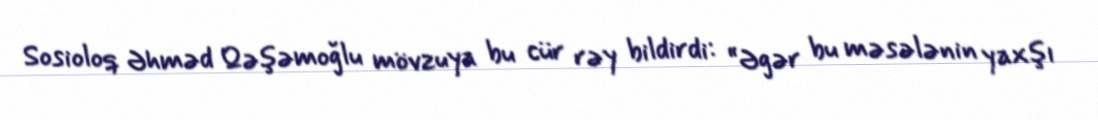
Sosioloq Əhməd Qəşəmoğlu mövzuya bu cür rəy bildirdi: “Əgər bu məsələnin yaxşı